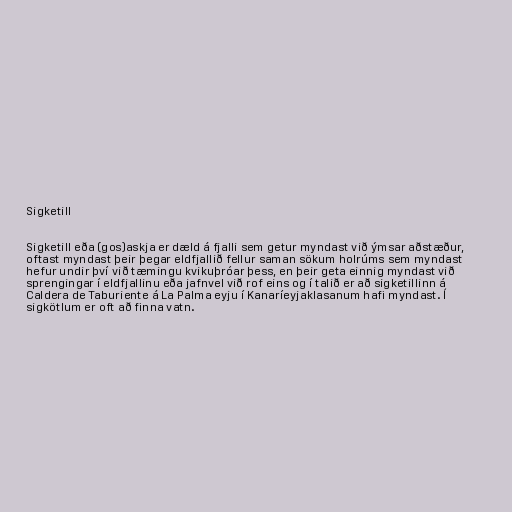
Sigketill

Sigketill eða (gos)askja er dæld á fjalli sem getur myndast við ýmsar aðstæður,
oftast myndast þeir þegar eldfjallið fellur saman sökum holrúms sem myndast
hefur undir því við tæmingu kvikuþróar þess, en þeir geta einnig myndast við
sprengingar í eldfjallinu eða jafnvel við rof eins og í talið er að sigketillinn á
Caldera de Taburiente á La Palma eyju í Kanaríeyjaklasanum hafi myndast. Í
sigkötlum er oft að finna vatn.